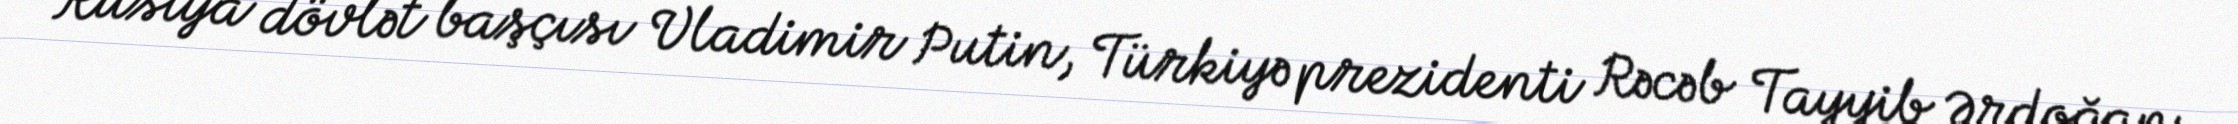
Rusiya dövlət başçısı Vladimir Putin, Türkiyə prezidenti Rəcəb Tayyib Ərdoğan